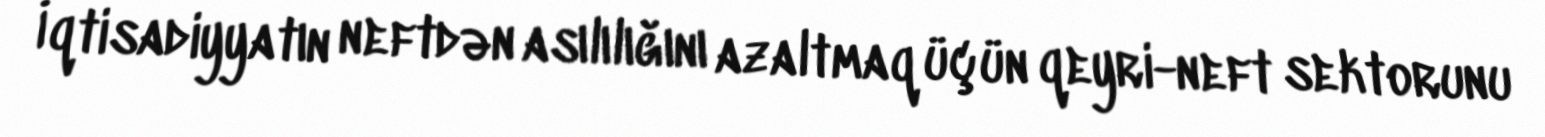
İqtisadiyyatın neftdən asılılığını azaltmaq üçün qeyri-neft sektorunu